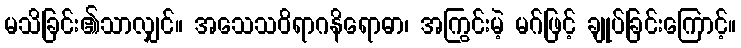
မသိခြင်း၏သာလျှင်။ အသေသဝိရာဂနိရောဓာ၊ အကြွင်းမဲ့ မဂ်ဖြင့် ချုပ်ခြင်းကြောင့်။